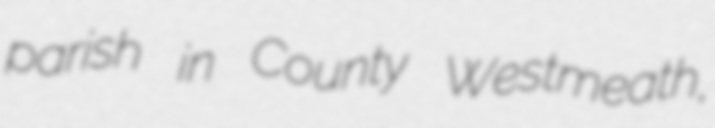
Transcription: parish in County Westmeath,